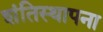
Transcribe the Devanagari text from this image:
शंतिस्थापना